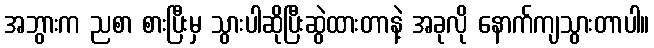
အဘွားက ညစာ စားပြီးမှ သွားပါဆိုပြီးဆွဲထားတာနဲ့ အခုလို နောက်ကျသွားတာပါ။